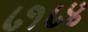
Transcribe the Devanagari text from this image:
८१८४